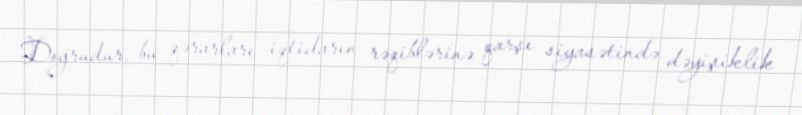
Doğrudur, bu qərarları iqtidarın rəqiblərinə qarşı siyasətində dəyişiklik